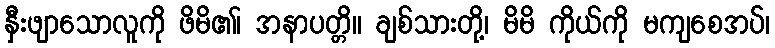
နှီးဖျာသောလူကို ဖိမိ၏၊ အနာပတ္တိ။ ချစ်သားတို့၊ မိမိ ကိုယ်ကို မကျစေအပ်၊